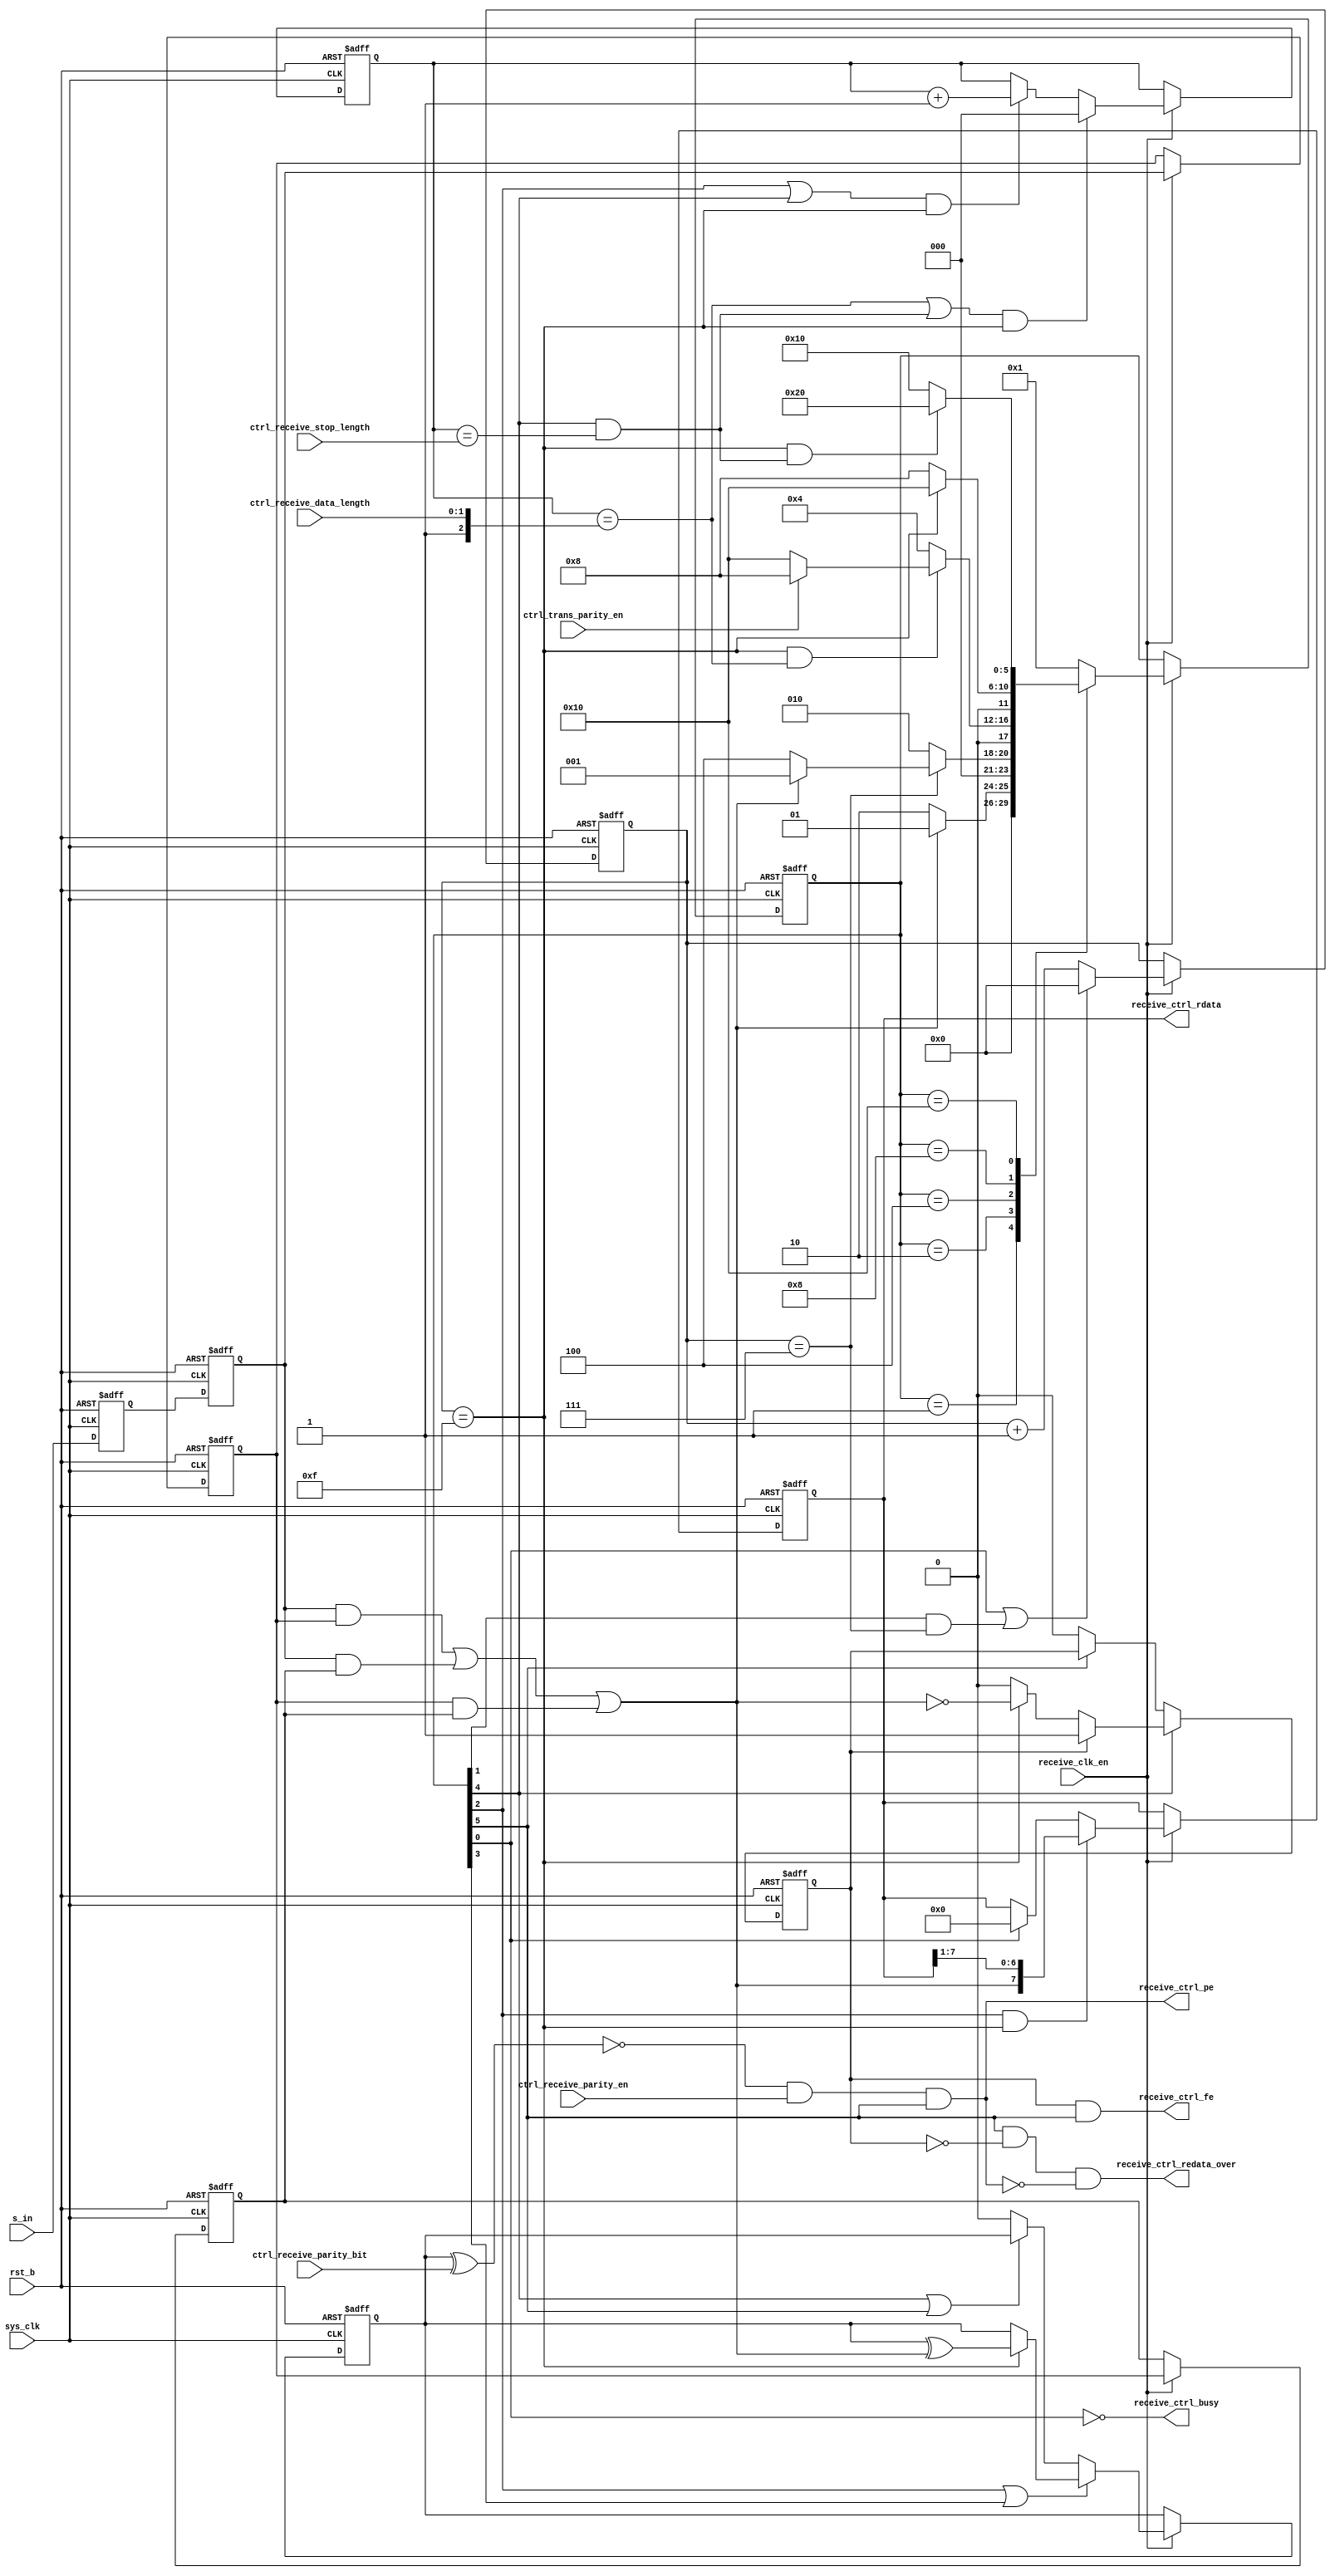
/*Copyright 2020-2021 T-Head Semiconductor Co., Ltd.

Licensed under the Apache License, Version 2.0 (the "License");
you may not use this file except in compliance with the License.
You may obtain a copy of the License at

    http://www.apache.org/licenses/LICENSE-2.0

Unless required by applicable law or agreed to in writing, software
distributed under the License is distributed on an "AS IS" BASIS,
WITHOUT WARRANTIES OR CONDITIONS OF ANY KIND, either express or implied.
See the License for the specific language governing permissions and
limitations under the License.
*/


// &ModuleBeg; @22
module uart_receive(
  ctrl_receive_data_length,
  ctrl_receive_parity_bit,
  ctrl_receive_parity_en,
  ctrl_receive_stop_length,
  ctrl_trans_parity_en,
  receive_clk_en,
  receive_ctrl_busy,
  receive_ctrl_fe,
  receive_ctrl_pe,
  receive_ctrl_rdata,
  receive_ctrl_redata_over,
  rst_b,
  s_in,
  sys_clk
);

// &Ports; @23
input   [1:0]  ctrl_receive_data_length; 
input          ctrl_receive_parity_bit; 
input          ctrl_receive_parity_en;  
input          ctrl_receive_stop_length; 
input          ctrl_trans_parity_en;    
input          receive_clk_en;          
input          rst_b;                   
input          s_in;                    
input          sys_clk;                 
output         receive_ctrl_busy;       
output         receive_ctrl_fe;         
output         receive_ctrl_pe;         
output  [7:0]  receive_ctrl_rdata;      
output         receive_ctrl_redata_over; 

// &Regs; @24
reg     [3:0]  counter;                 
reg     [5:0]  cur_state;               
reg     [2:0]  da_conter;               
reg            di_reg1;                 
reg            di_reg2;                 
reg            fram_error;              
reg     [5:0]  next_state;              
reg            parity_cout;             
reg     [7:0]  receive_shift_reg;       
reg            sync1;                   
reg            sync2;                   

// &Wires; @25
wire           cont_16;                 
wire           cont_8;                  
wire    [1:0]  ctrl_receive_data_length; 
wire           ctrl_receive_parity_bit; 
wire           ctrl_receive_parity_en;  
wire           ctrl_receive_stop_length; 
wire           ctrl_trans_parity_en;    
wire           data_over;               
wire           di_rx_in;                
wire           receive_clk_en;          
wire           receive_ctrl_busy;       
wire           receive_ctrl_fe;         
wire           receive_ctrl_pe;         
wire    [7:0]  receive_ctrl_rdata;      
wire           receive_ctrl_redata_over; 
wire           rst_b;                   
wire           rx_in;                   
wire           s_in;                    
wire           stop_over;               
wire           sys_clk;                 


parameter IDLE     = 6'b000001,
          START    = 6'b000010,
          DATA     = 6'b000100,
          PARITY   = 6'b001000,
          STOP     = 6'b010000,
          CLECT_SIG  = 6'b100000;

always@(posedge sys_clk or negedge rst_b)
begin
  if(!rst_b)
    cur_state[5:0] <= IDLE;
  else if(receive_clk_en)
    cur_state[5:0] <= next_state[5:0];
end

//////////////////////////////////////////////////////////
//////////////   midified by huawm, 2016-2-26  //////////////   
//////////////////////////////////////////////////////////
always @(posedge sys_clk or negedge rst_b)
begin 
  if(rst_b == 1'b0)
    begin
      sync1 <= 1'b1;
      sync2 <= 1'b1;
    end
  else
    begin
      sync1 <= s_in;
      sync2 <= sync1;
    end
end 
assign rx_in = sync2;

//-------------------------------------------------------
// data integrity, the best two out of three samples will
// give the resulting serial input that will be passed to
// the RX FSM
// ------------------------------------------------------
always @(posedge sys_clk or negedge rst_b)
begin        
  if(rst_b == 1'b0)
    begin
      di_reg1 <= 1'b1;
      di_reg2 <= 1'b1;
    end
   else if(receive_clk_en)
     begin
       di_reg1 <= rx_in;
       di_reg2 <= di_reg1;
     end
end 
assign di_rx_in = (rx_in & di_reg1) | (rx_in & di_reg2) | (di_reg1 & di_reg2);

///////////////////////////////////////////////////////

// &CombBeg; @82
always @( di_rx_in
       or stop_over
       or cur_state[5:0]
       or cont_8
       or cont_16
       or data_over
       or ctrl_trans_parity_en)
begin
next_state[5:0] = IDLE;
case(cur_state[5:0])
  IDLE:
  begin
    if(!di_rx_in)
      next_state[5:0] = START;
  end
  START:
  begin
    if(cont_8)
    begin
      if(!di_rx_in)
      next_state[5:0] = DATA;
    end
    else
      next_state[5:0] = START;
  end
  DATA:
  begin 
   if(cont_16 && data_over)
     next_state[5:0] = ctrl_trans_parity_en ? PARITY : STOP;
   else
     next_state[5:0] = DATA;
  end
  PARITY:
  begin
    if(cont_16)
      next_state[5:0] = STOP;
    else
      next_state[5:0] = PARITY;
  end  
  STOP:
  begin      
    if(cont_16 && stop_over)
    begin
      next_state[5:0] = CLECT_SIG;
    end
    else
      next_state[5:0] = STOP;
  end
  CLECT_SIG:
    next_state[5:0] = IDLE; 
  default: next_state[5:0] = IDLE;
endcase
// &CombEnd; @127
end


// the clock counter 
always@(posedge sys_clk or negedge rst_b)
begin
  if(!rst_b)
    counter[3:0] <= 4'b0;
  else if(receive_clk_en)
  begin
   if( (cur_state[0]) || ((cur_state[1]) && cont_8))
     counter[3:0] <= 4'b0;
   else
     counter[3:0] <= counter[3:0] + 1;
  end
end

assign cont_8   = (counter[3:0] == 4'b0111);
assign cont_16  = (counter[3:0] == 4'b1111);


//the data and the stop bit counter
always@(posedge sys_clk or negedge rst_b)
begin
  if(!rst_b)
   da_conter[2:0] <= 2'b0;
 else if(receive_clk_en) 
 begin
   if((data_over || stop_over)&& cont_16)
    da_conter[2:0] <= 2'b0;
   else if(((cur_state[2]) ||(cur_state[4])) && cont_16)
    da_conter[2:0] <= da_conter[2:0] + 1'b1;
 end
end

assign data_over        = (da_conter[2:0] == {1'b1,ctrl_receive_data_length[1:0]});
assign stop_over        = (cur_state[4]) && (da_conter[2:0] == {2'b0,ctrl_receive_stop_length});

//==============================================================
//             generate the output s_out signal 
//==============================================================
always@(posedge sys_clk or negedge rst_b)
begin 
  if( !rst_b )
    receive_shift_reg[7:0] <= 8'b0;
  else if(receive_clk_en)
  begin
    if((cur_state[2])&& cont_16)
    receive_shift_reg[7:0] <= {di_rx_in,receive_shift_reg[7:1]};
   else if((cur_state[0]))
    receive_shift_reg[7:0] <= 8'b0;
  end
end

assign receive_ctrl_rdata[7:0]   = receive_shift_reg[7:0];



// generate the receive busy signal
assign receive_ctrl_busy         = ~(cur_state[0]);

//receive the parity and check the parity
always@(posedge sys_clk or negedge rst_b)
begin
  if( !rst_b )
    parity_cout <= 1'b0;
  else if(receive_clk_en)
  begin
    if((cur_state[2]) || (cur_state[3]))
     begin
     if(cont_16)
      parity_cout  <= parity_cout ^ di_rx_in;
     else
      parity_cout  <= parity_cout;
    end
    else if(cur_state[4] || cur_state[5]) 
     parity_cout <= parity_cout;
    else
     parity_cout <= 1'b0;
 end
end


//generate the fram error signal
always@(posedge sys_clk or negedge rst_b)
begin
  if( !rst_b )
    fram_error <= 1'b0;
  else if((cur_state[4]))
  begin
    if(fram_error == 1'b1)
       fram_error <= fram_error;
    else if(cont_16)
      fram_error <= ~di_rx_in;
    else
      fram_error <= fram_error;
  end
  else if(cur_state[5])
    fram_error <= fram_error;
  else
    fram_error <= 1'b0;
end


// the parity error bit
assign receive_ctrl_pe  = (~(parity_cout ^ ctrl_receive_parity_bit)) && ctrl_receive_parity_en && (cur_state[5]);  
//the frame error bit
assign receive_ctrl_fe  = fram_error && (cur_state[5]);
//generate the data receive control signal
// &Force("output","receive_ctrl_pe"); @236

assign receive_ctrl_redata_over  = cur_state[5] && !fram_error && !receive_ctrl_pe;


// &ModuleEnd; @241
endmodule